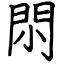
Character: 𨳒